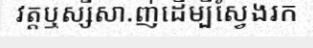
វត្តឬស្សីសា.ញ់ដើម្បីស្វែងរក